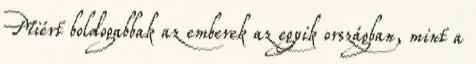
Miért boldogabbak az emberek az egyik országban, mint a